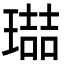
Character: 𭹶